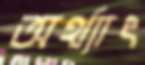
অর্থ্যাৎ